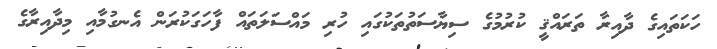
ހަކަތައިގެ ދާއިރާ ތަރައްޤީ ކުރުމުގެ ސިޔާސަތުތަކުގައި ހުރި މައްސަލަތައް ފާހަގަކުރަން އެނގުމާއި މިދާއިރާގެ